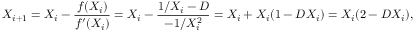
X _ { i + 1 } = X _ { i } - { \frac { f ( X _ { i } ) } { f ^ { \prime } ( X _ { i } ) } } = X _ { i } - { \frac { 1 / X _ { i } - D } { - 1 / X _ { i } ^ { 2 } } } = X _ { i } + X _ { i } ( 1 - D X _ { i } ) = X _ { i } ( 2 - D X _ { i } ) ,